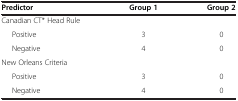
<table><thead><tr><td><b>Predictor</b></td><td><b>Group 1</b></td><td><b>Group 2</b></td></tr></thead><tbody><tr><td>Canadian CT* Head Rule</td><td> </td><td> </td></tr><tr><td>Positive</td><td>3</td><td>0</td></tr><tr><td>Negative</td><td>4</td><td>0</td></tr><tr><td>New Orleans Criteria</td><td> </td><td> </td></tr><tr><td>Positive</td><td>3</td><td>0</td></tr><tr><td>Negative</td><td>4</td><td>0</td></tr></tbody></table>